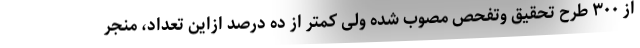
از ۳۰۰ طرح تحقیق وتفحص مصوب شده ولی کمتر از ده درصد ازاین تعداد، منجر